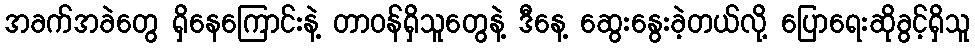
အခက်အခဲတွေ ရှိနေကြောင်းနဲ့ တာဝန်ရှိသူတွေနဲ့ ဒီနေ့ ဆွေးနွေးခဲ့တယ်လို့ ပြောရေးဆိုခွင့်ရှိသူ